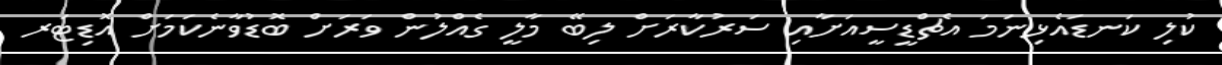
ކުލި ކަނޑައެޅިނަމަ އެޗްޑީސީއަށާއި ސަރުކާރަށް ލިބޭ މާލީ ގެއްލުން ވަރަށް ބޮޑުވާނެކަމަށް އޮޑިޓަރ